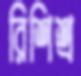
রিশিশ্র